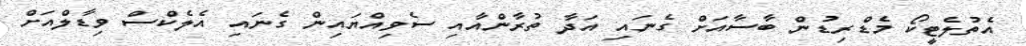
އެތުލެޓީކޯ މެޑްރިޑުން ބާސާއަށް ގެނައި އަދާ ތުރާންއާއި ސެވިއްޔައިން ގެނައި އެލެކްސް ވިޑާލްއަށް